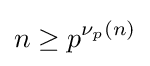
n\geq p^{\nu _{p}(n)}